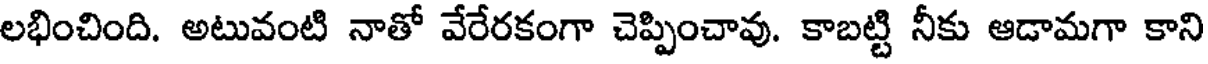
లభించింది. అటువంటి నాతో వేరేరకంగా చెప్పించావు. కాబట్టి నీకు ఆడామగా కాని